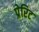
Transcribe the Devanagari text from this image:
प्रेरिट